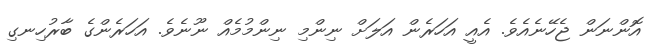
އޮންނަން ޖެހޭނެއެވެ. އެއީ އަހަރެން އަލަށް ނިންމި ނިންމުމެއް ނޫނެވެ. އަހަރެންގެ ބާރުހިނގި